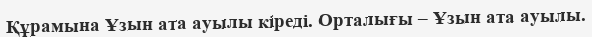
Құрамына Ұзын ата ауылы кіреді. Орталығы – Ұзын ата ауылы.